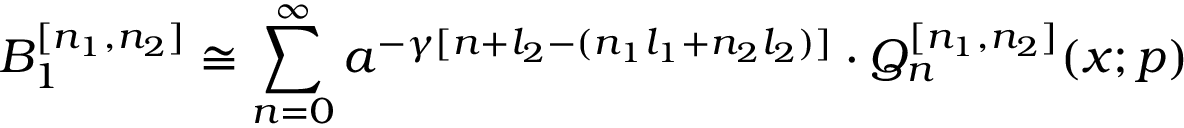
B _ { 1 } ^ { [ n _ { 1 } , n _ { 2 } ] } \cong \sum _ { n = 0 } ^ { \infty } a ^ { - \gamma [ n + l _ { 2 } - ( n _ { 1 } l _ { 1 } + n _ { 2 } l _ { 2 } ) ] } \cdot Q _ { n } ^ { [ n _ { 1 } , n _ { 2 } ] } ( x ; p )